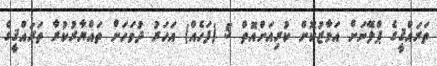
ތަރައްޤީގެ ޕްލޭނަށް އަމާޒުކޮށް ކުރިއަށްއޮތް 5 (ފަހެއް) އަހަރު ދުވަހަށް ތައްޔާރުކުރާ ތަރައްޤީގެ